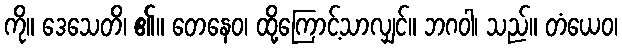
ကို။ ဒေသေတိ၊ ၏။ တေနေဝ၊ ထို့ကြောင့်သာလျှင်။ ဘဂဝါ၊ သည်။ တံယေဝ၊